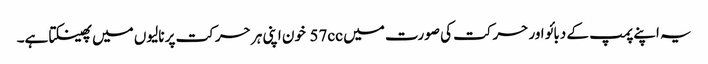
یہ اپنے پمپ کے دبائو اور حرکت کی صورت میں 57cc خون اپنی ہر حرکت پر نالیوں میں پھینکتا ہے۔